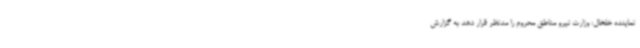
نماینده خلخال: وزارت نیرو مناطق محروم را مدنظر قرار دهد به گزارش